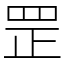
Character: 罡